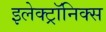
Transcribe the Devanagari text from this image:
इलेक्ट्रॉनिक्‍स